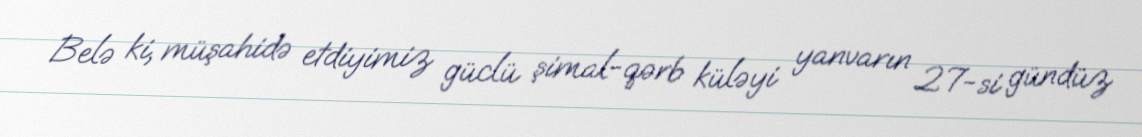
Belə ki, müşahidə etdiyimiz güclü şimal-qərb küləyi yanvarın 27-si gündüz